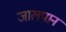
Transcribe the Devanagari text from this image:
जालपान